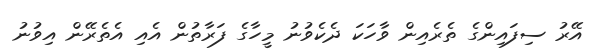
އޭރު ސިފައިންގެ ތެރެއިން ވާހަކަ ދެކެވުނު މީހާގެ ފަރާތުން އެއި އެތެރޭން އިވުނު